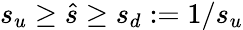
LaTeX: s_{u}\ge\hat{s}\ge s_{d}:=1/s_{u}